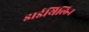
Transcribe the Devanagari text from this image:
डाईथिलिन